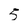
Character: 5